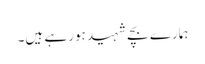
ہمارے بچے شہید ہورہے ہیں۔